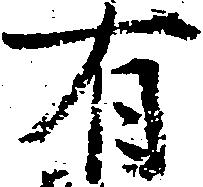
有